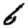
Digit: 6